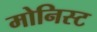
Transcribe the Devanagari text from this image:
मोनिस्ट